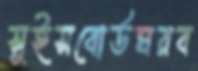
সুইসবোর্ডঘরব